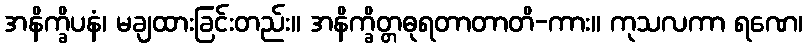
အနိက္ခိပနံ၊ မချထားခြင်းတည်း။ အနိက္ခိတ္တဓုရတာတာတိ-ကား။ ကုသလကာ ရဏေ၊